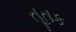
તૂતક